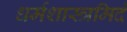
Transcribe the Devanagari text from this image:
धर्मशास्त्रमिदं